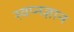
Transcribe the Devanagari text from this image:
स्वप्नज्ञान